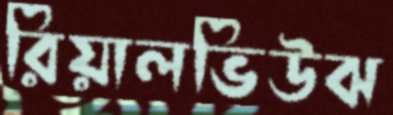
রিয়ালভিউঝ